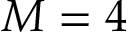
M = 4